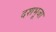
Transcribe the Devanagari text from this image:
दशभूजा